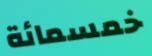
خمسمائة